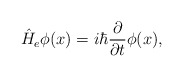
\begin{align*}\hat{H}_e\phi(x)=i\hbar\frac{\partial}{\partial t}\phi(x),\end{align*}